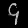
Digit: ၄